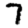
Digit: 7